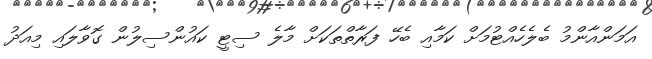
އަމަންއާންމު ބެލެހެއްޓުމަށް ކަމާއި ބެހޭ ފަރާތްތަކަށް މާލެ ސިޓީ ކައުންސިލުން ގޮވާލައި މިއަދު